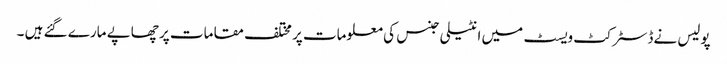
پولیس نےڈسٹرکٹ ویسٹ میں انٹیلی جنس کی معلومات پر مختلف مقامات پر چھاپے مارے گئے ہیں ۔